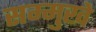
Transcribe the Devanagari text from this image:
सम्मुखे